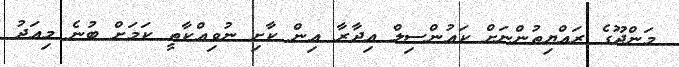
މަންދޫގެ ރައްޔިތުންނަށް ކައުންސިލް އިދާރާ އިން ކާށި ނުވިއްކާތީ ކަމަށް ބުނެ މިއަދު